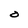
Character: O